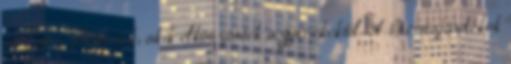
és Edvi Péternek, akik elköszöntek a gyerekektől. A búcsúajándékok